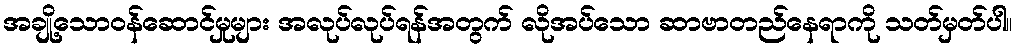
အချို့သောဝန်ဆောင်မှုများ အလုပ်လုပ်ရန်အတွက် လိုအပ်သော ဆာဗာတည်နေရာကို သတ်မှတ်ပါ။